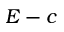
E - c